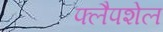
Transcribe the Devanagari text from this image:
फ्लैपशेल